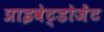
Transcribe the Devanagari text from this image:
प्राइवेट्डोजेंट